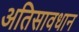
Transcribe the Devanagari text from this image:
अतिसावधान